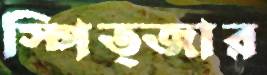
স্পিত্জার